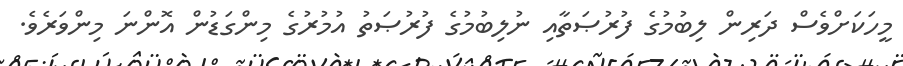
މީހަކަށްވެސް ދަރިން ލިބުމުގެ ފުރުޞަތާއި ނުލިބުމުގެ ފުރުޞަތު އުމުރުގެ މިންގަޑުން އޮންނަ މިންވަރެވެ.